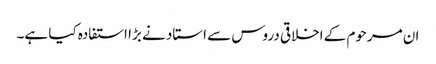
ان مرحوم کے اخلاقی دروس سے استاد نے بڑا استفادہ کیا ہے۔